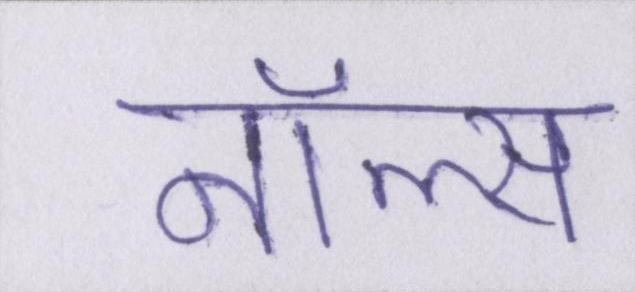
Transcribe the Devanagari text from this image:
नॉल्स